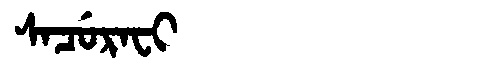
Manchu: ᠰᠠᠴᡠᡵᠠᠸᡳ
Romanization: SACURAFI